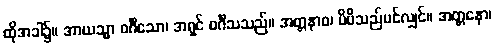
ထိုအခါ၌။ အာယသ္မာ ဝင်္ဂီသော၊ အရှင် ဝင်္ဂီသသည်။ အတ္တနာဝ၊ မိမိသည်ပင်လျှင်။ အတ္တနော၊